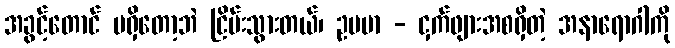
အခွင့်တောင် မရှိတော့ဘဲ ငြိမ်းသွားတယ်၊ ဥပမာ - ငှက်ဖျားအစရှိတဲ့ အနာရောဂါကို